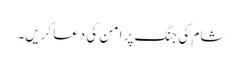
شام کی جنگ پر امن کی دعا کریں۔